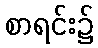
စာရင်း၌